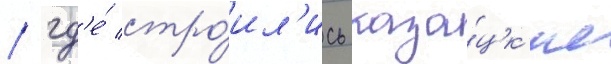
/ гд'е́ стро́ил'ись каза́цк'ие